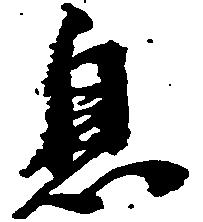
息